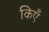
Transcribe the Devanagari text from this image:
किएँ